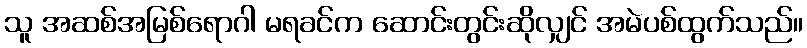
သူ အဆစ်အမြစ်ရောဂါ မရခင်က ဆောင်းတွင်းဆိုလျှင် အမဲပစ်ထွက်သည်။